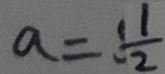
a = \frac { 1 1 } { 2 }